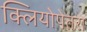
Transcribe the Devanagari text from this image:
क्लियोपेतरा